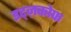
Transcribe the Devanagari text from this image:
इट्ज़कोफ